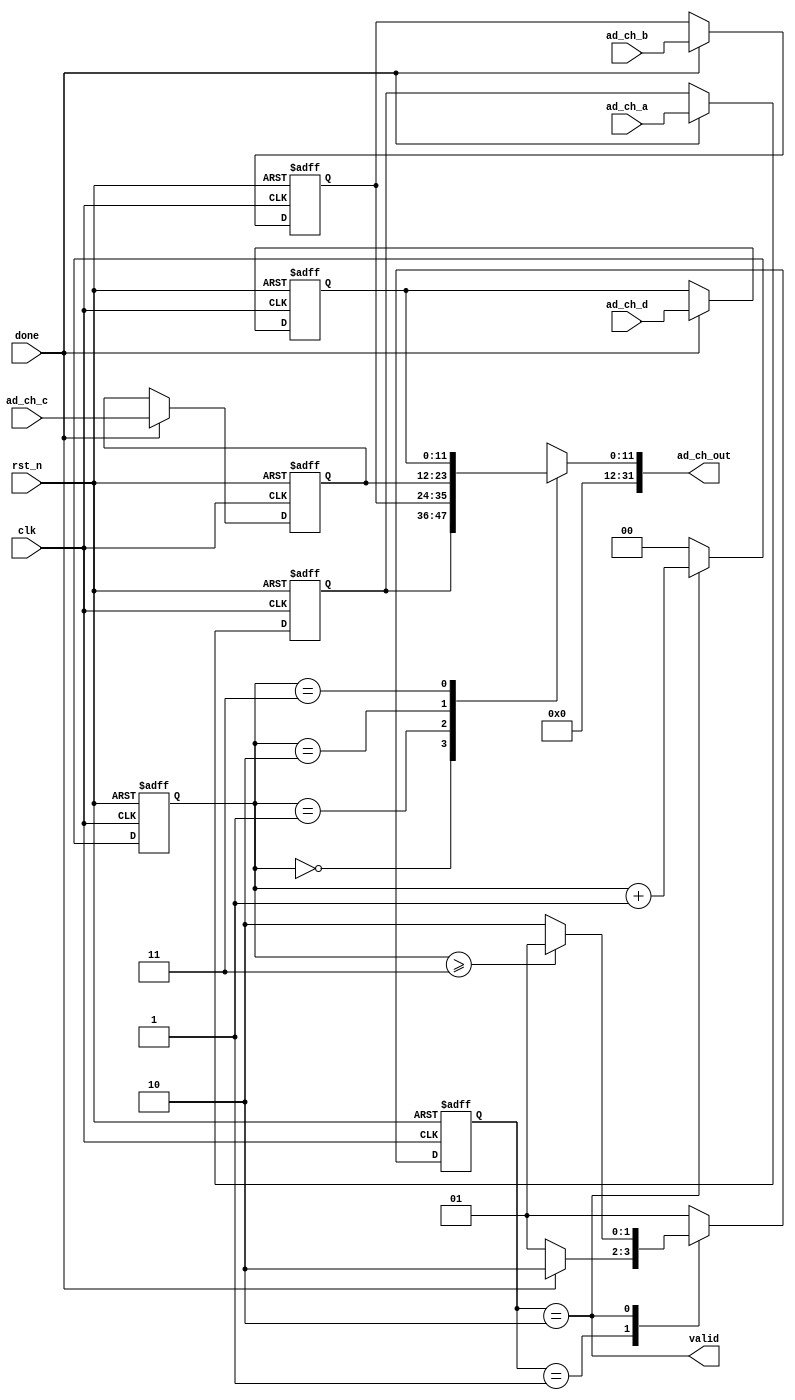
module conversion (clk,rst_n,ad_ch_a,ad_ch_b,ad_ch_c,ad_ch_d,done,ad_ch_out,valid);

input clk, rst_n, done;
input [11:0] ad_ch_a, ad_ch_b, ad_ch_c, ad_ch_d;
output [31:0] ad_ch_out;
output valid;

localparam idle = 2'b01;
localparam conv = 2'b10;
reg [1:0]n_state, state,cnt;
reg [11:0] ad_reg[3:0];

always @(posedge clk or negedge rst_n)
begin
	if(!rst_n) begin
		ad_reg[0] <= 12'd0;
		ad_reg[1] <= 12'd0;
		ad_reg[2] <= 12'd0;
		ad_reg[3] <= 12'd0;
	end
	else if (done) begin
		ad_reg[0] <= ad_ch_a;
		ad_reg[1] <= ad_ch_b;
		ad_reg[2] <= ad_ch_c;
		ad_reg[3] <= ad_ch_d;
	end
end

always @(posedge clk or negedge rst_n)
begin
	if(!rst_n)
		state <= 2'b0;
	else 
		state <= n_state;
end

always @(*)
begin
	case (state)
		idle : n_state = (done == 1'b1) ? conv : idle ;
		conv : n_state = (cnt >= 2'd3) ? idle : conv ;
		default : n_state = idle;
	endcase
end

always @(posedge clk or negedge rst_n) 
begin
	if(!rst_n)
		cnt <= 2'd0;
	else if (state == conv)
		cnt <= cnt + 2'd1;
	else
		cnt <= 2'd0;
end

assign valid = (state == conv) ;
assign ad_ch_out = {20'd0, ad_reg[cnt]}; 

endmodule